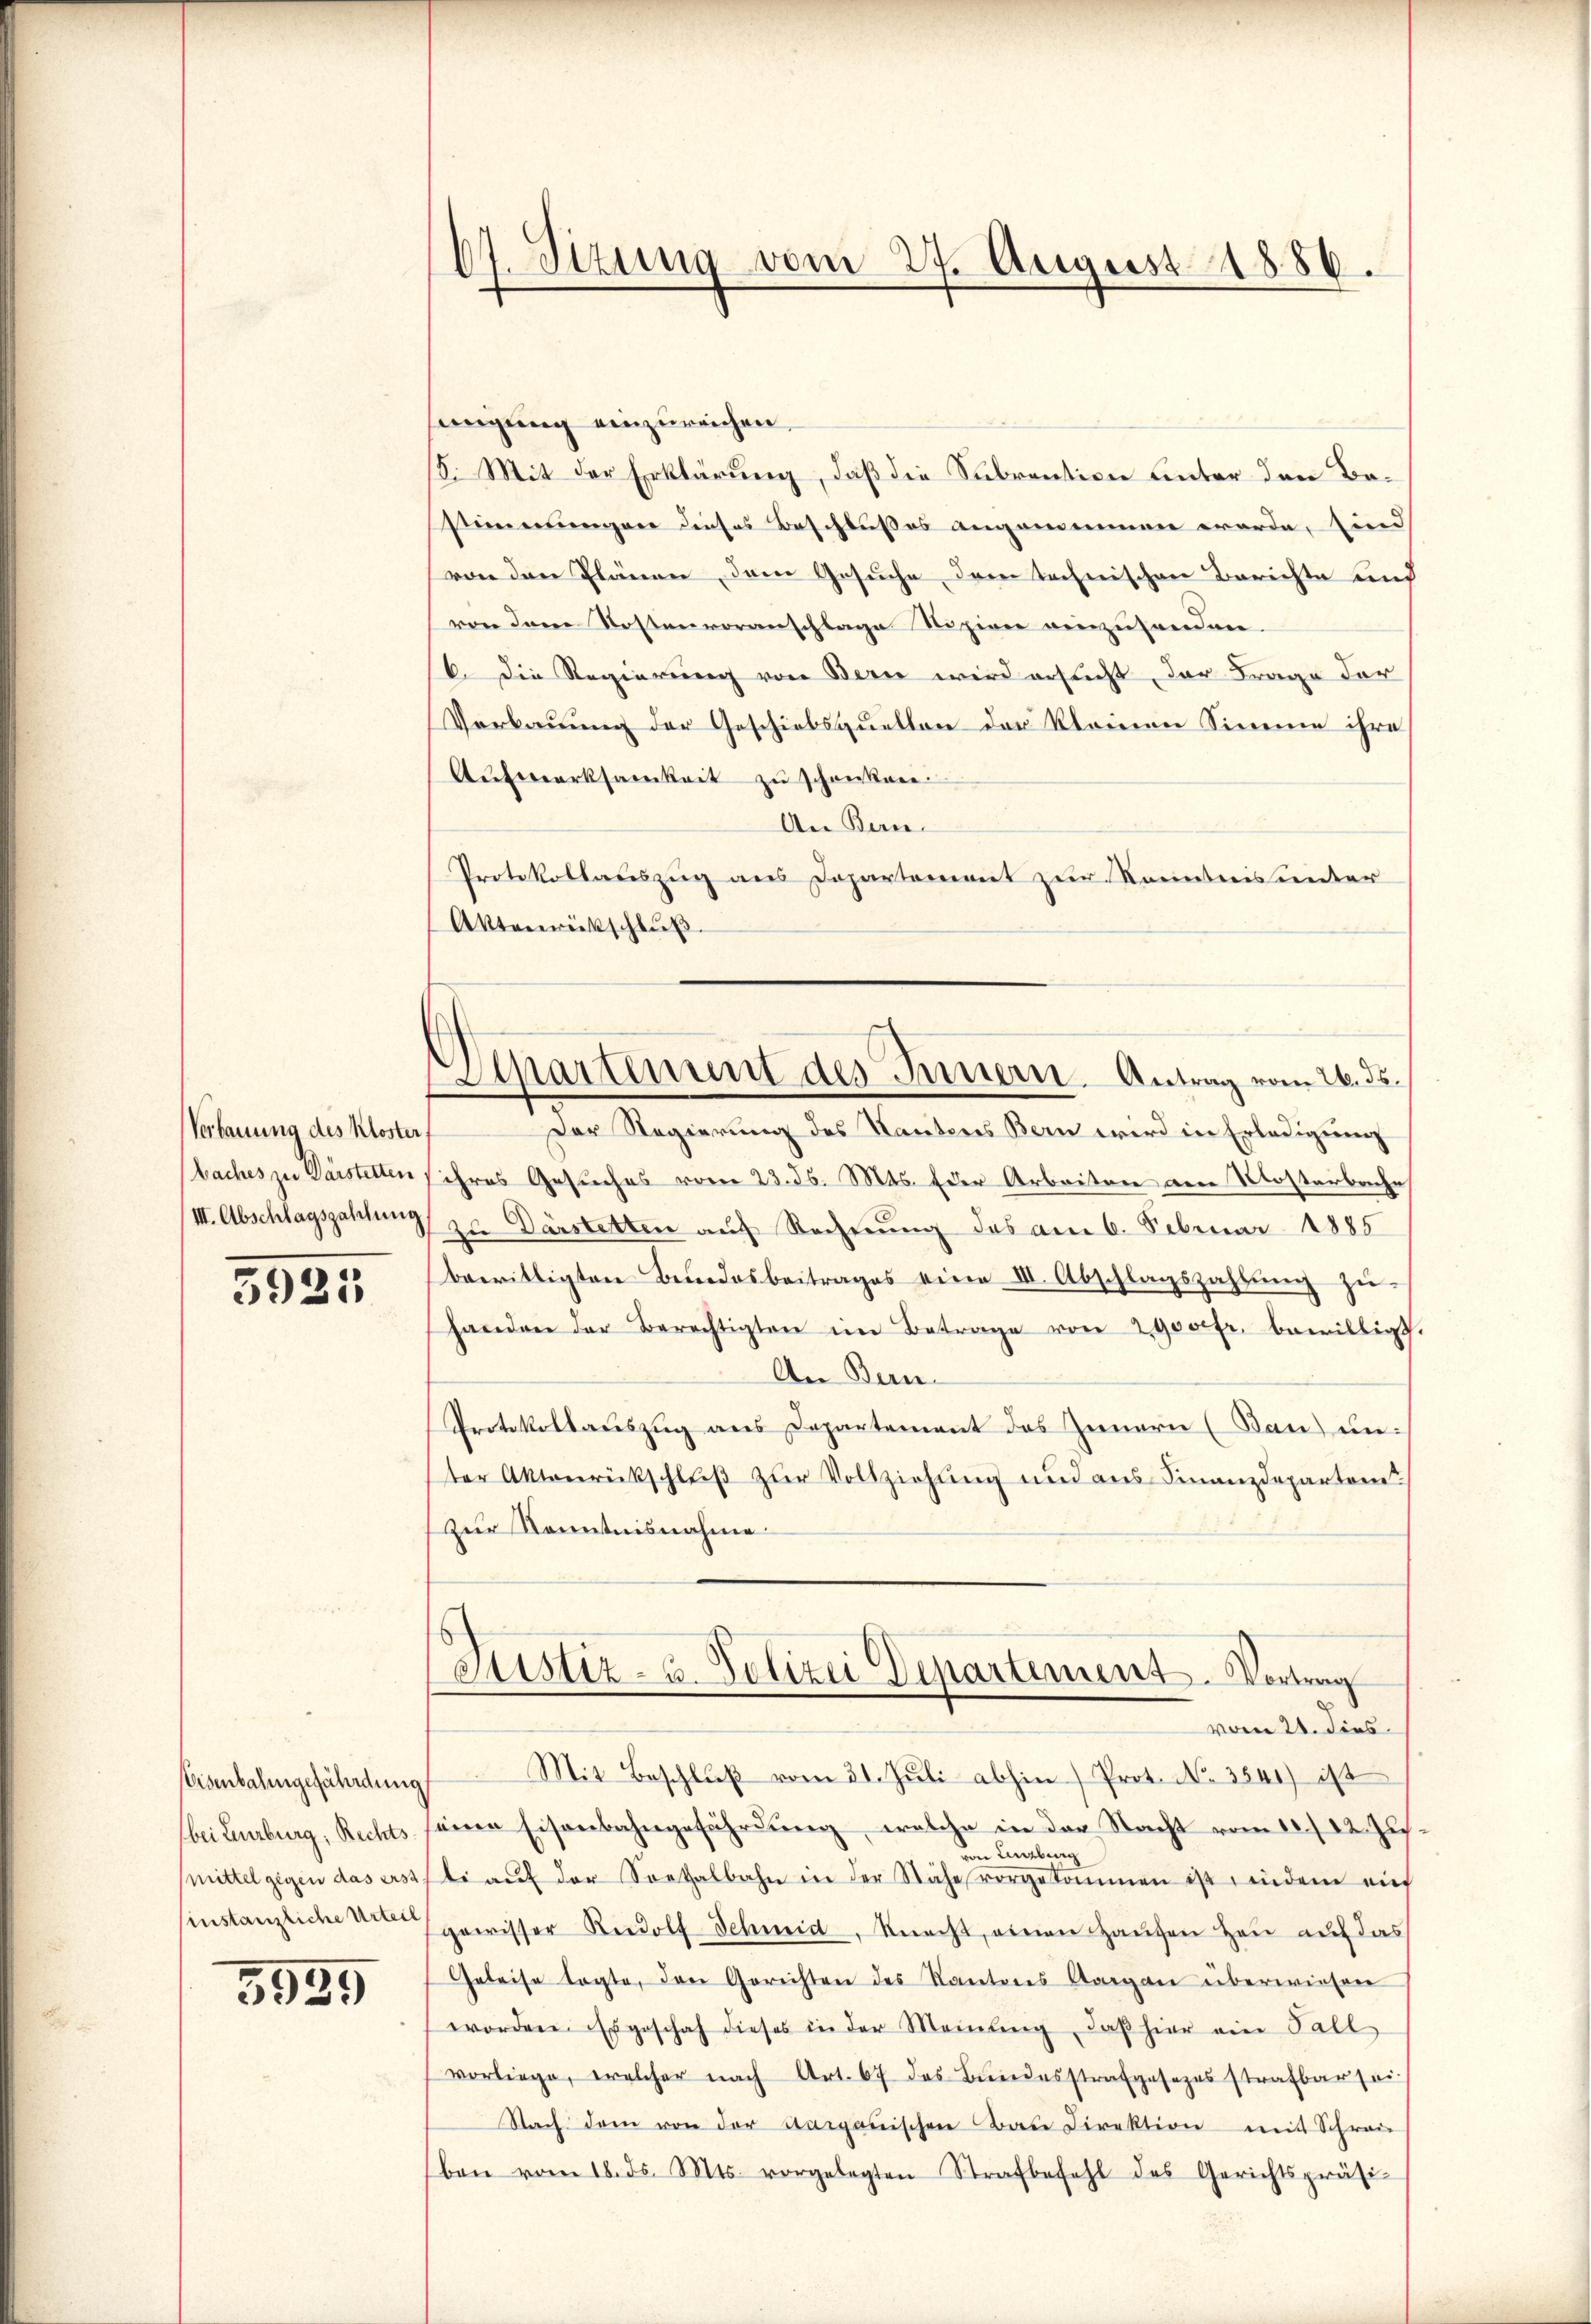
Verbauung des Kloster.
baches zu Darsterten

3925

Eisenbahngefährdung
(bei Lenzburg, Rechtsmittel gegen das erst
instanzliche Urteil

5929

67. Stzung vom 27. August 1886.

eigung einzureichen.
15. Mit der Erklärung, daß die Subrention unter den Bestimmergane dieses Beschlußes angemeinen werde, sind
von den Plänen, dem Gesuche, dem technischen Berichte und
von dem Kostenvoranschlage Nopien einzuhanden.
6. Die Regierung von Bern wird ersucht, der Frage der
Verbauung der Geschiebsquellen der kleinen Simme ihre
Aŭfmerksamkeit zu schonkare.
An Kan¬
Protokollauszug aus Departement zur Kenntnis unter
Aktenrückschlŭβ
Separtement des Innern. Antrag vom 26. ds.
Der Regierung des Kantons Bern wird in Erledigung
ihres Gesuches vom 23. ds. Mts. Eder Arbeiten den Mosterbache
/III. Abschlagszahlung zu Darstetten auf Rechnung des am 6. Februar 1885
bewilligten Bundesbeitrages eine III. Abschlagszahlung zuhanden der Berechtigten im Betrage von 2900 fr. bewilligt.
An Bern.
Protokollauszug aus Departement des Innern (Bau unter Aktenrückschlŭβ zŭr Vollziehŭng und aus Finanzdeparteme
zur Kenntnisnahme

Justiz- u. Polizei Departement. Vortrag

vom 21. dies
Mit Beschluß vom 31. Juli abhin) Prot. No. 3541) ist
eine Eisenbahngefährdung, welche in der Nacht vom 18. 22. Zusvon Lenzburg
ti aŭf der Soethalbahn in der Nähe vorgekommen ist indem auf
gewisser Rudolf Schmid, Knecht, einen Hausen Heu auf das
Geleise tagte, den Gerichten des Kantons Aargau überwiesen
worden. Es geschah dieses in der Meinung, daβ hier ein Fall
vorliege, welcher nach Art. 67 des Bundesstrafgesezesstrafbar sei
Nach dem von der Sarganischen Bau Direktion mit Schrei
ben vom 18. ds. Mts. vorgelegten Strafbefehl des Gerichtspräsi-